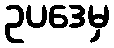
ဥပဒေမှ